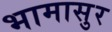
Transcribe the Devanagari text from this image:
भामासुर